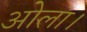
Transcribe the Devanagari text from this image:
ओला।